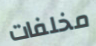
مخلفات